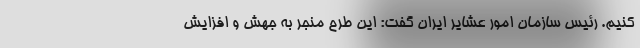
کنیم. رئیس سازمان امور عشایر ایران گفت: این طرح منجر به جهش و افزایش